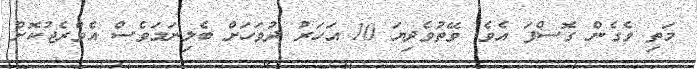
މަތި ވެގެން ގޮސްފަ އެވެ. ވޭތުވެދިޔަ 10 އަހަރު ދުވަހަށް ބެލިނަމަވެސް އެވްރެޖުކޮށް